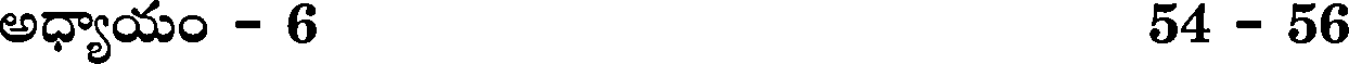
అధ్యాయం - 6 54 - 56